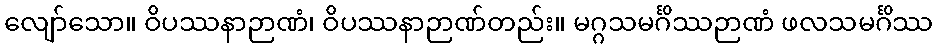
လျော်သော။ ဝိပဿနာဉာဏံ၊ ဝိပဿနာဉာဏ်တည်း။ မဂ္ဂသမင်္ဂိဿဉာဏံ ဖလသမင်္ဂိဿ